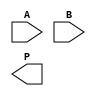
module wallace_tree_multiplier #(parameter N = 4) (
    input [N-1:0] A, // Multiplicand A
    input [N-1:0] B, // Multiplicand B
    output reg [2*N-1:0] P // Product output
);

    // Partial product generation
    wire [N-1:0] pp [0:N-1]; // Partial products
    genvar i, j;
    generate
        for (i = 0; i < N; i = i + 1) begin : pp_gen
            for (j = 0; j < N; j = j + 1) begin : pp_bit
                assign pp[i][j] = A[i] & B[j]; // AND operation for partial products
            end
        end
    endgenerate

    // Wallace tree reduction
    wire [N-1:0] sum [0:N-1]; // Sums from adders
    wire [N-1:0] carry [0:N-1]; // Carries from adders

    // Stage 1: Reduce partial products
    generate
        for (i = 0; i < N; i = i + 1) begin : stage1
            if (i % 3 == 0) begin
                assign {carry[i], sum[i]} = pp[i] + pp[i+1] + pp[i+2]; // Full adder for three inputs
            end else if (i % 3 == 1) begin
                assign {carry[i], sum[i]} = pp[i] + pp[i+1]; // Full adder for two inputs
            end else begin
                assign sum[i] = pp[i]; // Pass through for remaining
                assign carry[i] = 0; // No carry
            end
        end
    endgenerate

    // Further stages of reduction
    // This example assumes a maximum of 3 stages for simplicity
    wire [N-1:0] final_sum [0:1]; // Final sums
    wire [N-1:0] final_carry [0:1]; // Final carries

    // Stage 2: Combine results from stage 1
    generate
        for (i = 0; i < N; i = i + 1) begin : stage2
            if (i % 2 == 0) begin
                assign {final_carry[i/2], final_sum[i/2]} = sum[i] + sum[i+1]; // Full adder for two inputs
            end else begin
                assign final_sum[i/2] = sum[i]; // Pass through for remaining
                assign final_carry[i/2] = 0; // No carry
            end
        end
    endgenerate

    // Final addition
    always @(*) begin
        P = 0; // Initialize product
        P = final_sum[0] + final_sum[1] + final_carry[0]; // Final addition
    end

endmodule